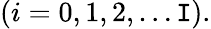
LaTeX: (i=0,1,2,\dots\mathtt{I}).